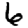
Digit: 6